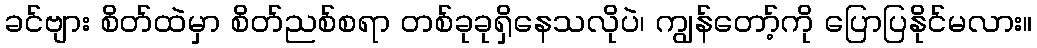
ခင်ဗျား စိတ်ထဲမှာ စိတ်ညစ်စရာ တစ်ခုခုရှိနေသလိုပဲ၊ ကျွန်တော့်ကို ပြောပြနိုင်မလား။